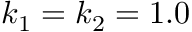
k _ { 1 } = k _ { 2 } = 1 . 0